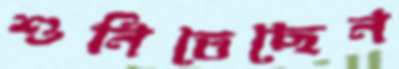
শুনিতেছেন